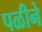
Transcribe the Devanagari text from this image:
पळीने